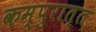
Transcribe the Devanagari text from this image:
कम्पुरात्त